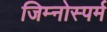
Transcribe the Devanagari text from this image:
जिम्‍नोस्‍पर्म